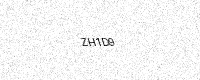
Text: ZH1D9